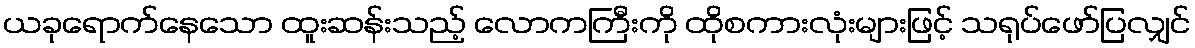
ယခုရောက်နေသော ထူးဆန်းသည့် လောကကြီးကို ထိုစကားလုံးများဖြင့် သရုပ်ဖော်ပြလျှင်